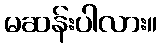
မဆန်းပါလား။